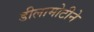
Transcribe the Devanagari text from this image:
डीलामोटीने